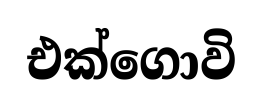
එක්ගොවි